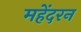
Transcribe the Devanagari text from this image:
महेंदरन